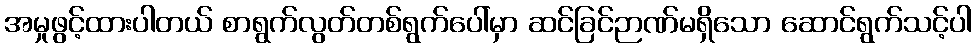
အမှုဖွင့်ထားပါတယ် စာရွက်လွတ်တစ်ရွက်ပေါ်မှာ ဆင်ခြင်ဉာဏ်မရှိသော ဆောင်ရွက်သင့်ပါ